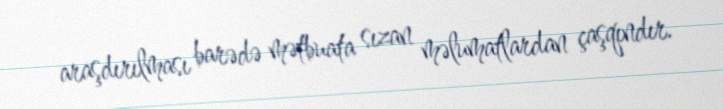
araşdırılması barədə mətbuata sızan məlumatlardan çaşqındır.